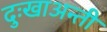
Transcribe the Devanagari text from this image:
दुःखाअन्ती